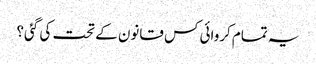
یہ تمام کروائی کس قانون کے تحت کی گئی؟